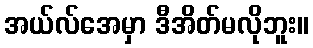
အယ်လ်အေမှာ ဒီအိတ်မလိုဘူး။